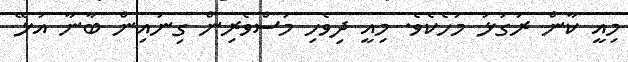
މިއީ ކާން ރަގަޅު މަހެކެވެ. މިއީ ދިވެހި މަސްވެރިން ގިނައިން ބާނާ އުޅޭ